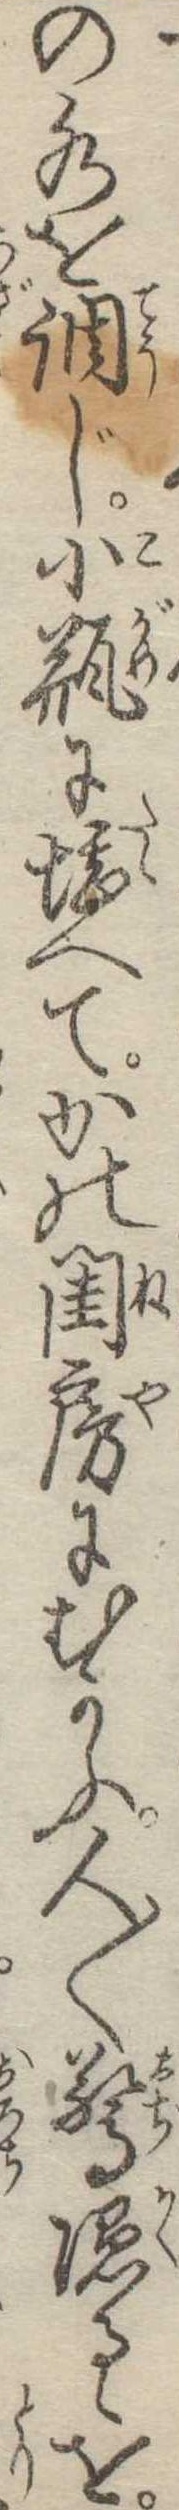
の水を調じ小瓶に堪へてかの閨房にむかふ人〱驚隠るゝを